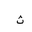
Letter: _tha